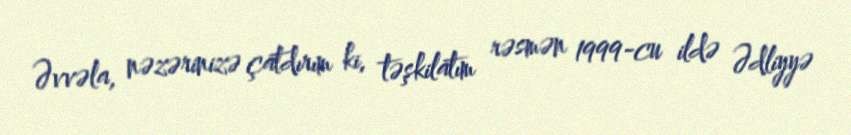
Əvvəla, nəzərinizə çatdırım ki, təşkilatım rəsmən 1999-cu ildə Ədliyyə